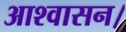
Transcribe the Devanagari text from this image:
आश्‍वासन।